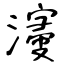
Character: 濅